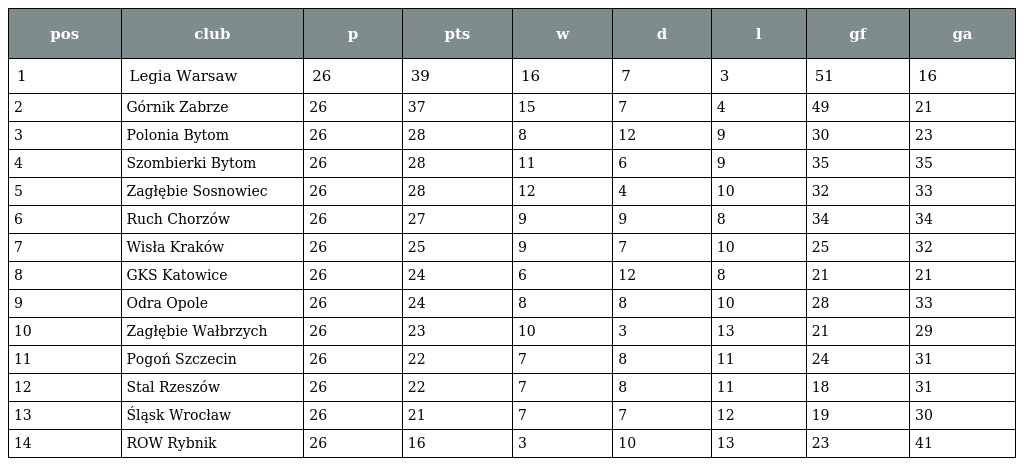
| pos | club | p | pts | w | d | l | gf | ga |
 | --- | --- | --- | --- | --- | --- | --- | --- | --- |
 | 1 | Legia Warsaw | 26 | 39 | 16 | 7 | 3 | 51 | 16 |
 | 2 | Górnik Zabrze | 26 | 37 | 15 | 7 | 4 | 49 | 21 |
 | 3 | Polonia Bytom | 26 | 28 | 8 | 12 | 9 | 30 | 23 |
 | 4 | Szombierki Bytom | 26 | 28 | 11 | 6 | 9 | 35 | 35 |
 | 5 | Zagłębie Sosnowiec | 26 | 28 | 12 | 4 | 10 | 32 | 33 |
 | 6 | Ruch Chorzów | 26 | 27 | 9 | 9 | 8 | 34 | 34 |
 | 7 | Wisła Kraków | 26 | 25 | 9 | 7 | 10 | 25 | 32 |
 | 8 | GKS Katowice | 26 | 24 | 6 | 12 | 8 | 21 | 21 |
 | 9 | Odra Opole | 26 | 24 | 8 | 8 | 10 | 28 | 33 |
 | 10 | Zagłębie Wałbrzych | 26 | 23 | 10 | 3 | 13 | 21 | 29 |
 | 11 | Pogoń Szczecin | 26 | 22 | 7 | 8 | 11 | 24 | 31 |
 | 12 | Stal Rzeszów | 26 | 22 | 7 | 8 | 11 | 18 | 31 |
 | 13 | Śląsk Wrocław | 26 | 21 | 7 | 7 | 12 | 19 | 30 |
 | 14 | ROW Rybnik | 26 | 16 | 3 | 10 | 13 | 23 | 41 |